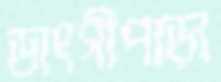
ডাংগীপাড়া